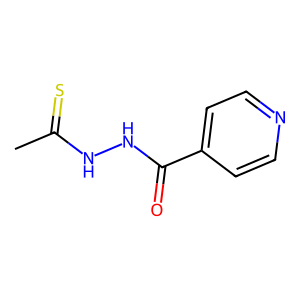
SMILES: CC(=S)NNC(=O)c1ccncc1
Inhibits HIV replication: No